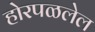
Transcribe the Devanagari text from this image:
होरपळलेल